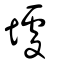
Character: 壉